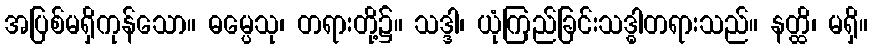
အပြစ်မရှိကုန်သော။ ဓမ္ပေသု၊ တရားတို့၌။ သဒ္ဒါ၊ ယုံကြည်ခြင်းသဒ္ဓါတရားသည်။ နတ္ထိ၊ မရှိ။